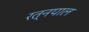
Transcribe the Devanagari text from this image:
रत्नपाल